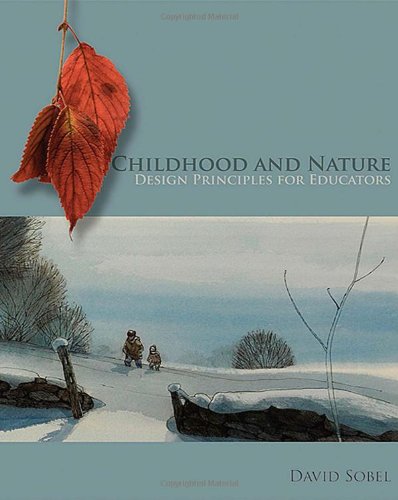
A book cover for Childhood and Nature: Design Principles for Educators; David Sobel; Politics & Social Sciences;